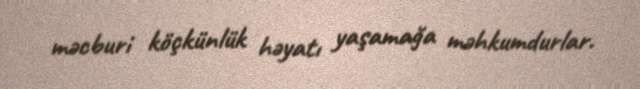
məcburi köçkünlük həyatı yaşamağa məhkumdurlar.